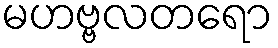
မဟဗ္ဗလတရော